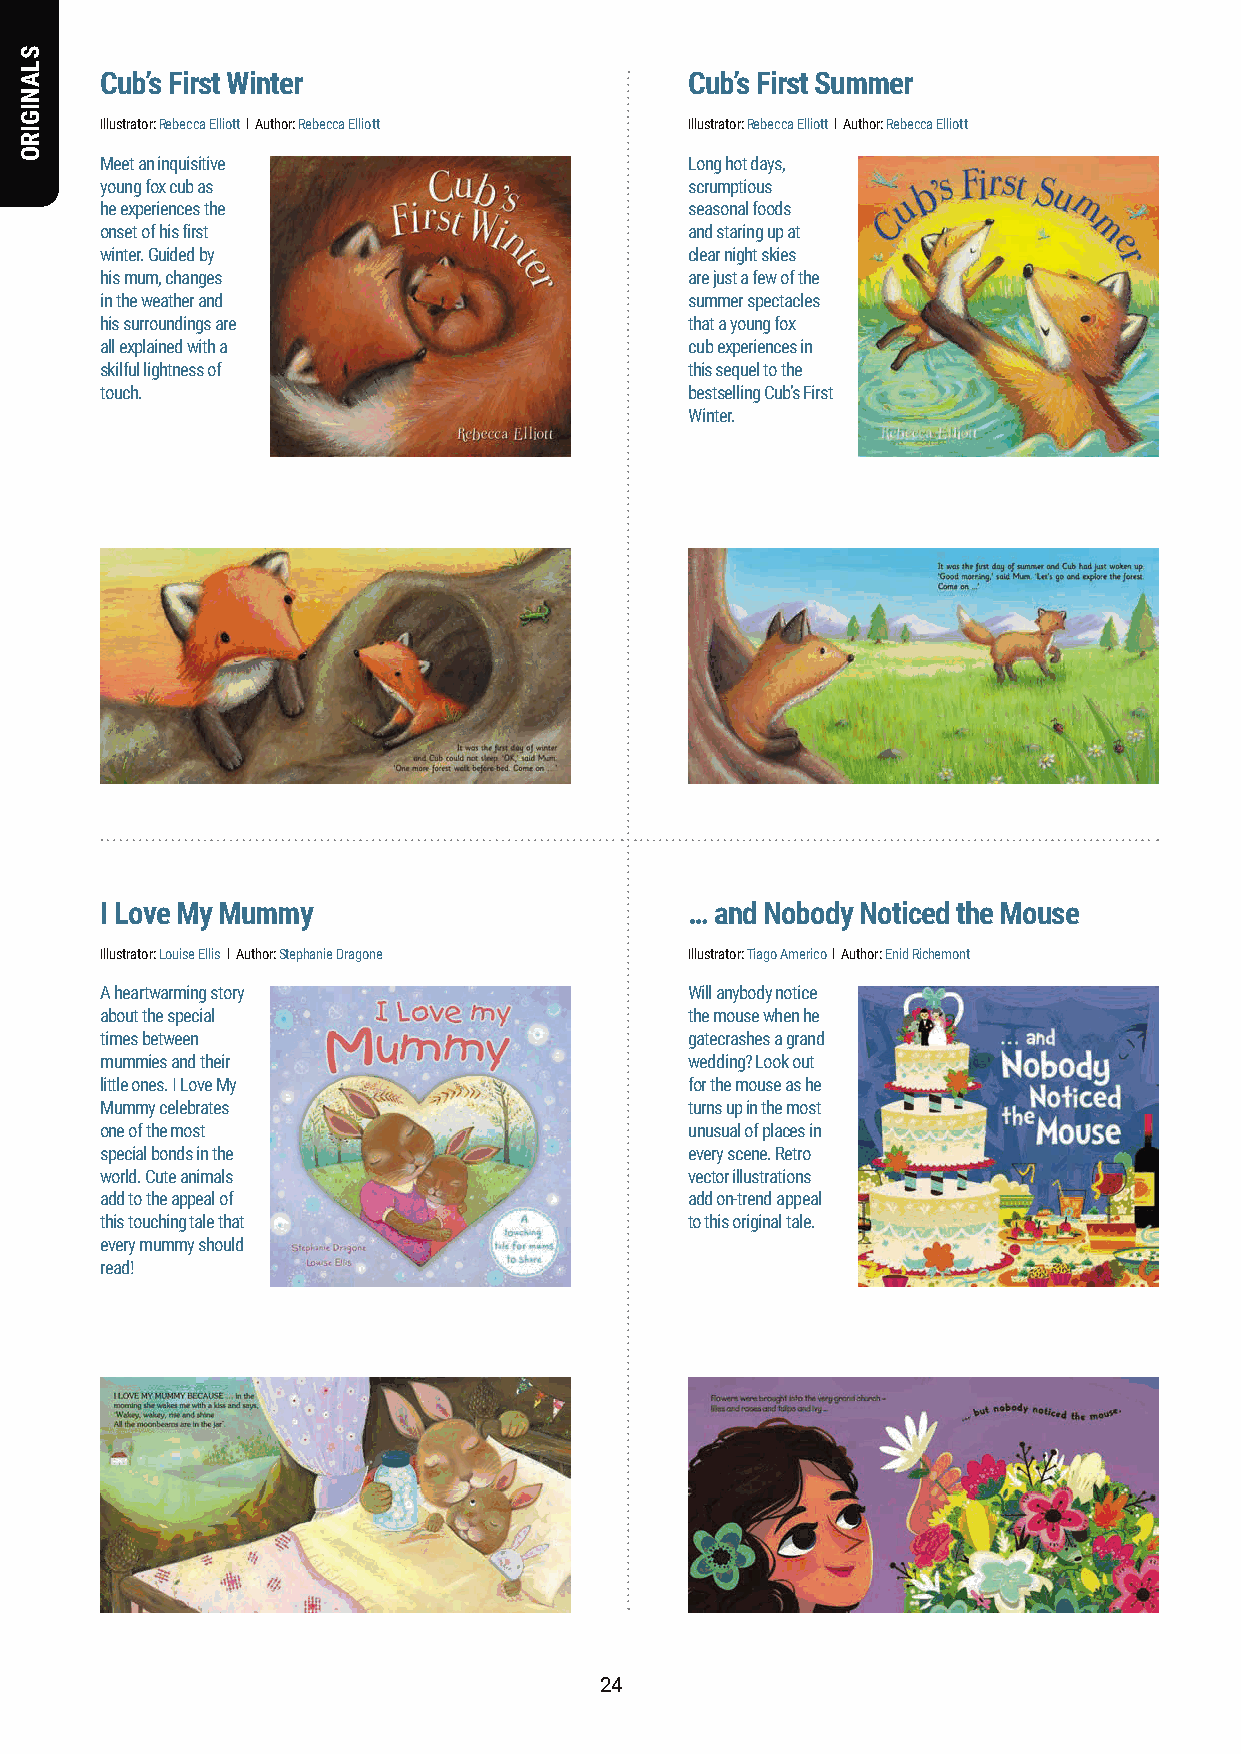
Cub’s First Winter                     Cub’s First Summer
 Illustrator: Rebecca Elliott l Author: Rebecca Elliott Illustrator: Rebecca Elliott l Author: Rebecca Elliott
 Meet an inquisitive                    Long hot days,
 young fox cub as                       scrumptious
 he experiences the                     seasonal foods
 onset of his first                     and staring up at
 winter. Guided by                      clear night skies
 his mum, changes                       are just a few of the
 in the weather and                     summer spectacles
 his surroundings are                   that a young fox
 all explained with a                   cub experiences in
 skilful lightness of                   this sequel to the
 touch.                                 bestselling Cub’s First
 Winter.
 I Love My Mummy                        … and Nobody Noticed the Mouse
 Illustrator: Louise Ellis l Author: Stephanie Dragone Illustrator: Tiago Americo l Author: Enid Richemont
 A heartwarming story                   Will anybody notice
 about the special                      the mouse when he
 times between                          gatecrashes a grand
 mummies and their                      wedding? Look out
 little ones. I Love My                 for the mouse as he
 Mummy celebrates                       turns up in the most
 one of the most                        unusual of places in
 special bonds in the                   every scene. Retro
 world. Cute animals                    vector illustrations
 add to the appeal of                   add on-trend appeal
 this touching tale that                to this original tale.
 every mummy should
 read!
 2244
 SLANIGIRO